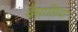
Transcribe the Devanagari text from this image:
वैसाखिया